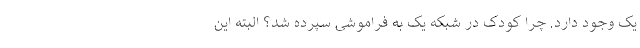
یک وجود دارد. چرا کودک در شبکه یک به فراموشی سپرده شد؟ البته این